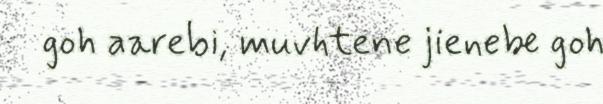
goh aarebi, muvhtene jienebe goh